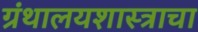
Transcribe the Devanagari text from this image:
ग्रंथालयशास्त्राचा